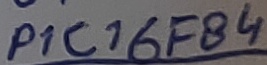
Text: P1C16F84